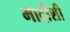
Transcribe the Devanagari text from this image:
मादीशी